Annual report of the Punjab Veterinary College and of the Civil Veterinary Department, Punjab - 1926-1932
Year: 1926
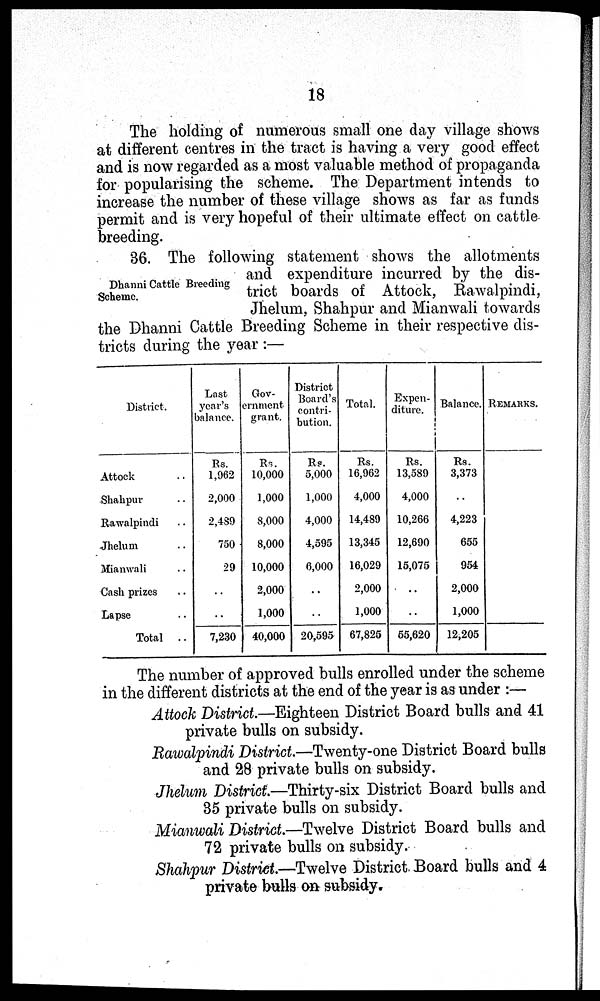
18
The holding of numerous small one day village shows
at different centres in the tract is having a very good effect
and is now regarded as a most valuable method of propaganda
for popularising the scheme. The Department intends to
increase the number of these village shows as far as funds
permit and is very hopeful of their ultimate effect on cattle
breeding.
Dhanni Cattle Breeding
Scheme.
36. The following statement shows the allotments
and expenditure incurred by the dis-
trict boards of Attock, Rawalpindi,
Jhelum, Shahpur and Mianwali towards
the Dhanni Cattle Breeding Scheme in their respective dis-
tricts during the year :—
District.
Attock ..
Shahpur ..
Rawalpindi ..
Jhelum ..
Mianwali ..
Cash prizes ..
Lapse ..
Total
..
Last
year's
balance.
Rs.
1,962
2,000
2,489
750
29
..
..
7,230
Gov-
ernment
grant.
Rs.
10,000
1,000
8,000
8,000
10,000
2,000
1,000
40,000
District
Board's
contri-
bution.
RS.
5,000
1,000
4,000
4,595
0,000
..
..
20,595
Total.
Rs.
16,962
4,000
14,489
13,345
16,029
2,000
1,000
67,825
Expen-
diture.
Rs.
13,589
4,000
10,266
12,690
15,075
..
..
55,620
Balance.
Rs.
3,373
..
4,223
655
954
2,000
1,000
12,205
REMARKS.
The number of approved bulls enrolled under the scheme
in the different districts at the end of the year is as under :—
Attock District.—Eighteen District Board bulls and 41
private bulls on subsidy.
Rawalpindi District—Twenty-one District Board bulls
and 28 private bulls on subsidy.
Jhelum District—Thirty-six District Board bulls and
35 private bulls on subsidy.
Mianwali District—Twelve District Board bulls and
72 private bulls on subsidy.
Shahpur District.—Twelve District Board bulls and 4
private bulls on subsidy.